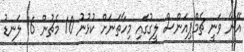
އޭނާ ވަނީ ޗެމްޕިއަންސް ލީގުގައި މިހާތަނަށް ކުޅުނު 10 މެޗުން 16 ލަނޑު